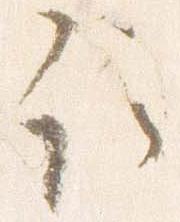
取